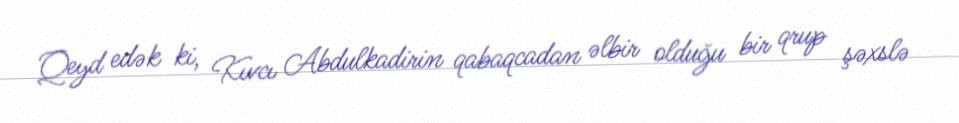
Qeyd edək ki, Kıvcı Abdulkadirin qabaqcadan əlbir olduğu bir qrup şəxslə